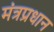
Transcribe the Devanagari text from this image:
मंत्रप्रधान